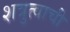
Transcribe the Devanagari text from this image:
शत्रुत्वाची